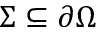
\Sigma \subseteq \partial \Omega